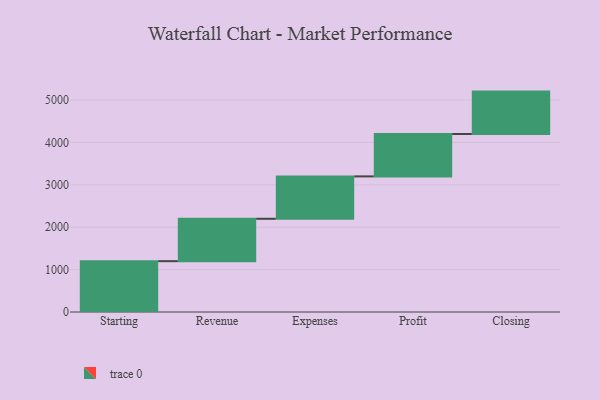
{"axis": {"x": "Step", "y": "Value"}, "legend": [""], "data": [{"x": "Starting", "y": 1199.0, "type": ""}, {"x": "Revenue", "y": 1000, "type": ""}, {"x": "Expenses", "y": 1000, "type": ""}, {"x": "Profit", "y": 1000, "type": ""}, {"x": "Closing", "y": 1000, "type": ""}]}